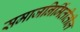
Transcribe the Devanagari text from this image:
समाजनिर्मितीतील